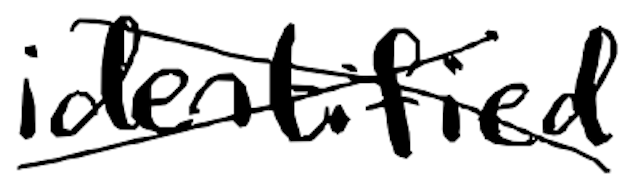
Text: identified
Cross-out: cross
Writing tool: digital_black